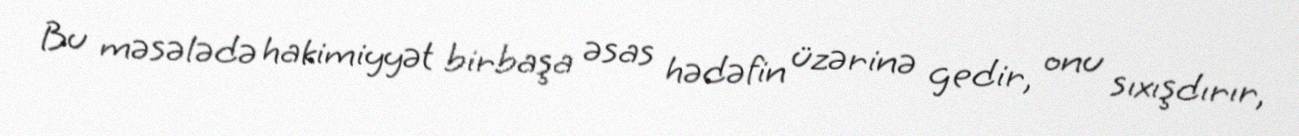
Bu məsələdə hakimiyyət birbaşa əsas hədəfin üzərinə gedir, onu sıxışdırır,